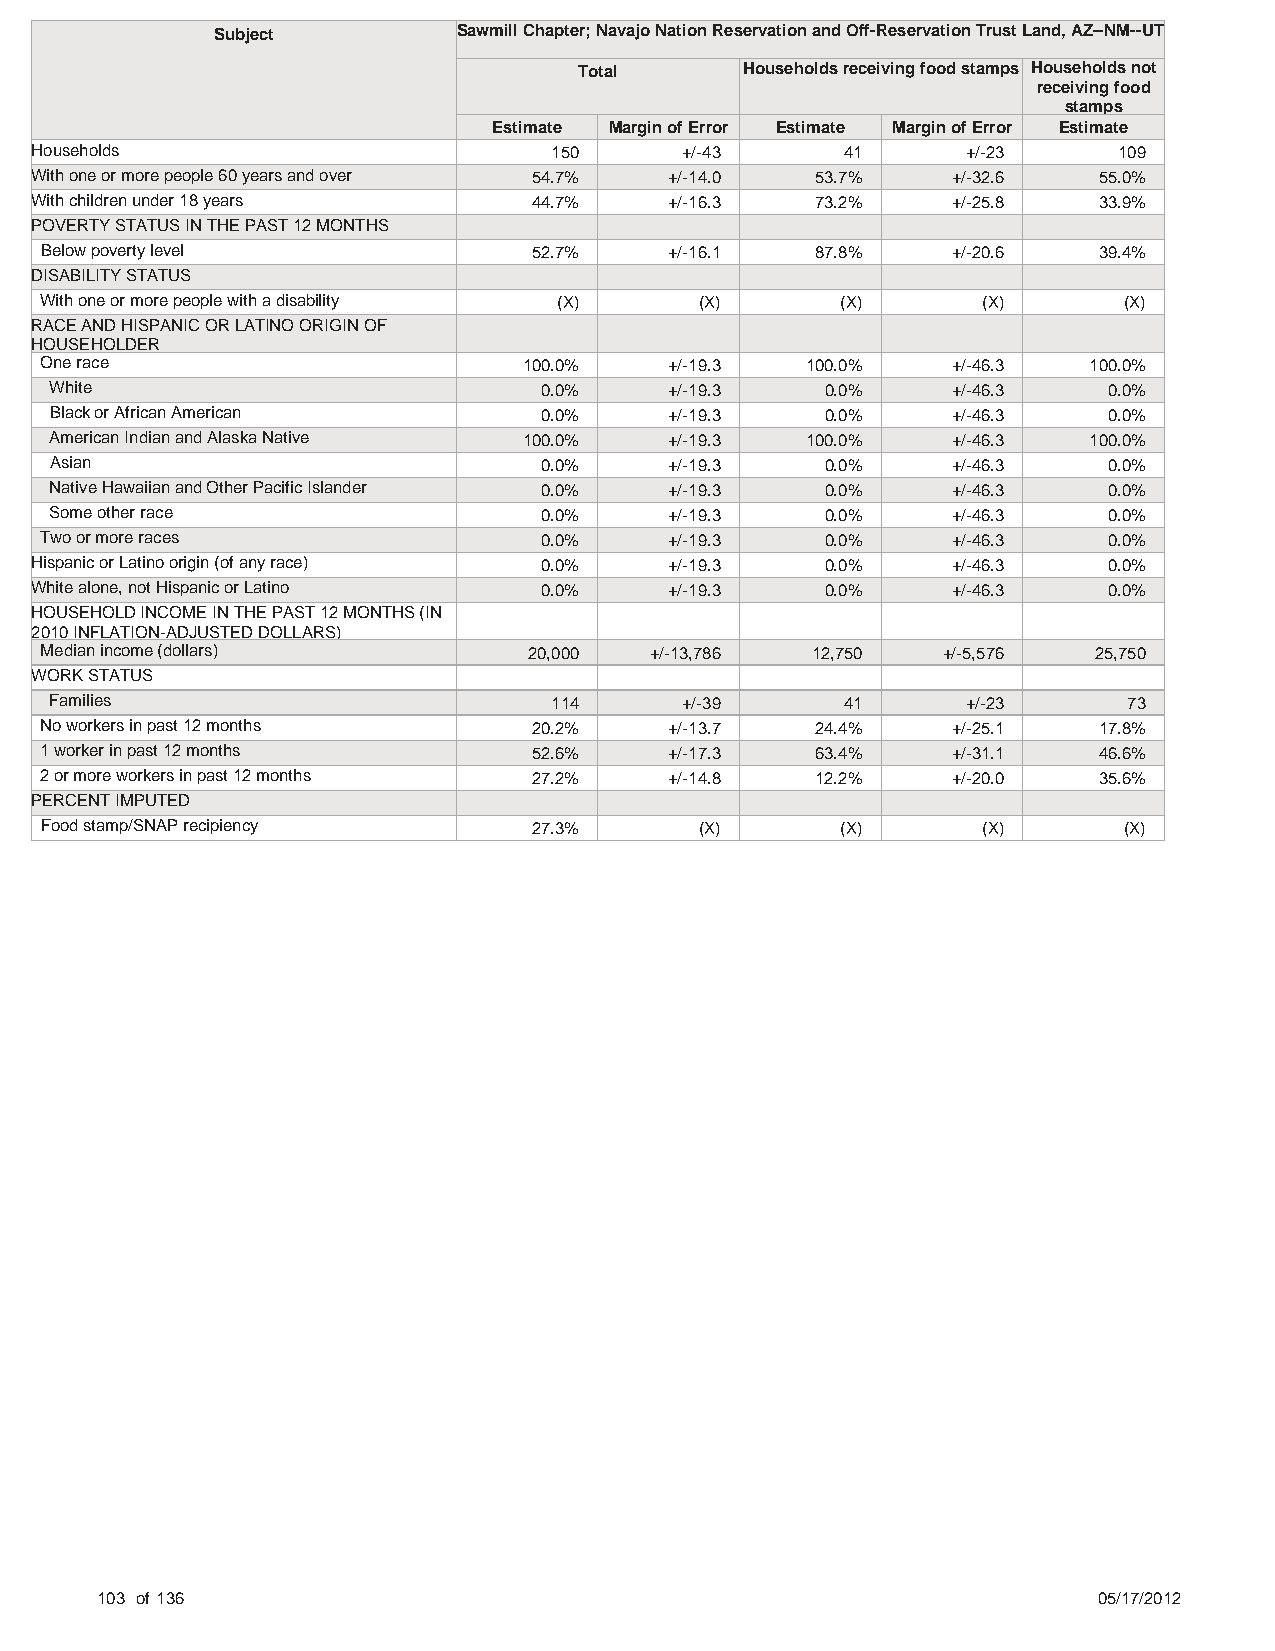
Subject         Sawmill Chapter; Navajo Nation Reservation and Off-Reservation Trust Land, AZ--NM--UT
 Total      Households receiving food stamps Households not
 receiving food
 stamps
 Estimate Margin of Error Estimate Margin of Error Estimate
 Households                         150     +/-43      41      +/-23     109
 With one or more people 60 years and over 54.7% +/-14.0 53.7% +/-32.6  55.0%
 With children under 18 years     44.7%    +/-16.3   73.2%    +/-25.8   33.9%
 POVERTY STATUS IN THE PAST 12 MONTHS
 Below poverty level             52.7%    +/-16.1   87.8%    +/-20.6   39.4%
 DISABILITY STATUS
 With one or more people with a disability (X) (X)    (X)      (X)      (X)
 RACE AND HISPANIC OR LATINO ORIGIN OF
 HOUSEHOLDER
 One race                        100.0%   +/-19.3  100.0%    +/-46.3  100.0%
 White                            0.0%    +/-19.3    0.0%    +/-46.3   0.0%
 Black or African American        0.0%    +/-19.3    0.0%    +/-46.3   0.0%
 American Indian and Alaska Native 100.0% +/-19.3  100.0%    +/-46.3  100.0%
 Asian                            0.0%    +/-19.3    0.0%    +/-46.3   0.0%
 Native Hawaiian and Other Pacific Islander 0.0% +/-19.3 0.0% +/-46.3  0.0%
 Some other race                  0.0%    +/-19.3    0.0%    +/-46.3   0.0%
 Two or more races                0.0%    +/-19.3    0.0%    +/-46.3   0.0%
 Hispanic or Latino origin (of any race) 0.0% +/-19.3 0.0%    +/-46.3   0.0%
 White alone, not Hispanic or Latino 0.0%  +/-19.3    0.0%    +/-46.3   0.0%
 HOUSEHOLD INCOME IN THE PAST 12 MONTHS (IN
 2010 INFLATION-ADJUSTED DOLLARS)
 Median income (dollars)         20,000  +/-13,786  12,750  +/-5,576  25,750
 WORK STATUS
 Families                          114     +/-39      41      +/-23      73
 No workers in past 12 months    20.2%    +/-13.7   24.4%    +/-25.1   17.8%
 1 worker in past 12 months      52.6%    +/-17.3   63.4%    +/-31.1   46.6%
 2 or more workers in past 12 months 27.2% +/-14.8  12.2%    +/-20.0   35.6%
 PERCENT IMPUTED
 Food stamp/SNAP recipiency      27.3%      (X)       (X)      (X)      (X)
 103 of 136                                                         05/17/2012